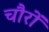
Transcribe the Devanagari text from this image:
चौरों